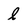
Character: l